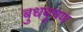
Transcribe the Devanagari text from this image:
बुधबूषण